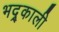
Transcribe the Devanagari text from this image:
भद्र्काली